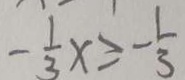
- \frac { 1 } { 3 } x \geq - \frac { 1 } { 3 }